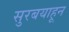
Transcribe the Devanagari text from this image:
सुरबयाहून